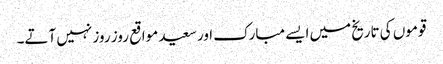
قوموں کی تاریخ میں ایسے مبارک اور سعید مواقع روز روز نہیں آتے۔